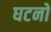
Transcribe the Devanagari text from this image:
घटनों